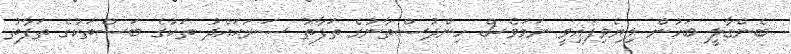
ބެންގާލީ ބަހުން ލިޔެވިފައިވީ ނަމަވެސް ހިންދުސްތާނުގެ ތަފާތު ސަރަޙައްދު ތަކުގެ ބަސްތަކުގެ ތަފާތު